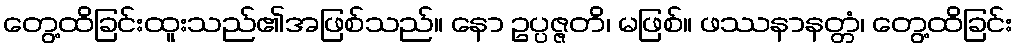
တွေ့ထိခြင်းထူးသည်၏အဖြစ်သည်။ နော ဥပ္ပဇ္ဇတိ၊ မဖြစ်။ ဖဿနာနတ္တံ၊ တွေ့ထိခြင်း